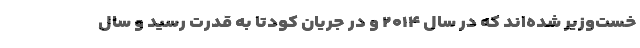
خست‌وزیر شده‌اند که در سال ۲۰۱۴ و در جریان کودتا به قدرت رسید و سال